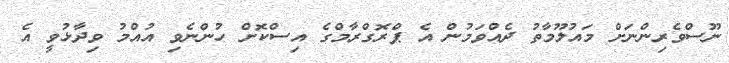
ނޫސްވެރިންނަށް މައުލޫމާތު ދެއްވަމުން އެ ޕްރޮގްރާމްގެ އިސްކޮށް ހުންނެވި އުއްމު ވިދާޅުވީ އެ